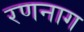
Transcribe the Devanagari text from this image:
रणनाग